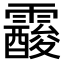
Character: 𩆑